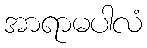
အာရာမပါလံ